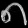
Digit: ၈